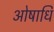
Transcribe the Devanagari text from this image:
ओषाधि